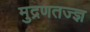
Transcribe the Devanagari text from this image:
मुद्रणतज्ज्ञ